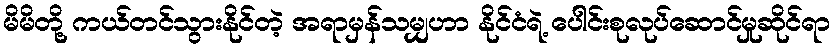
မိမိတို့ ကယ်တင်သွားနိုင်တဲ့ အရာမှန်သမျှဟာ နိုင်ငံရဲ့ ပေါင်းစုလုပ်ဆောင်မှုဆိုင်ရာ